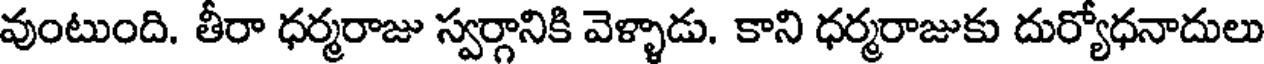
వుంటుంది. తీరా ధర్మరాజు స్వర్గానికి వెళ్ళాడు. కాని ధర్మరాజుకు దుర్యోధనాదులు